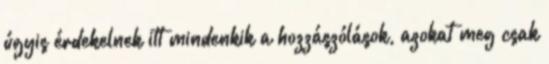
úgyis érdekelnek itt mindenkik a hozzászólások, azokat meg csak